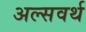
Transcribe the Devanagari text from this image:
अल्सवर्थ